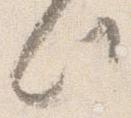
此